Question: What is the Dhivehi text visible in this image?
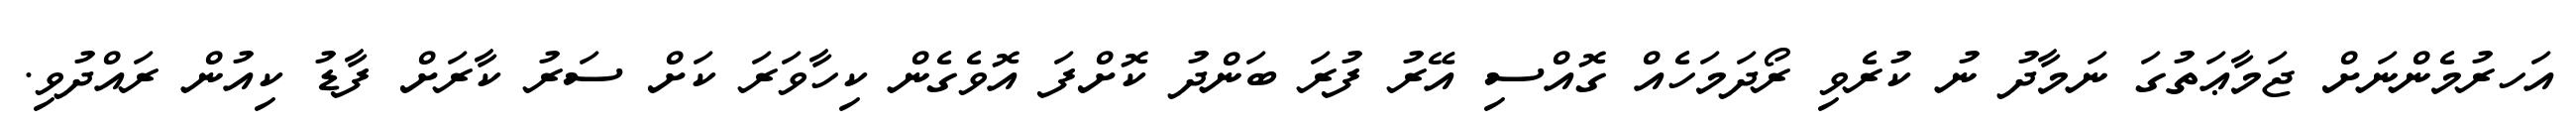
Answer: އަހރުމެންނަށް ޖަމާޢަތުގަ ނަމާދު ނު ކުރެވި ރޯދަމަހެއް ގޮއްސި އޭރު ފުރަ ބަންދު ކޮށްފަ އޮވެގެން ކިހާވަރަ ކަށް ސަރު ކާރަށް ފާޑު ކިއުން ރައްދުވި.